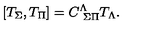
\left[ T _ { \Sigma } , T _ { \Pi } \right] = C _ { \ \Sigma \Pi } ^ { \Lambda } T _ { \Lambda } .